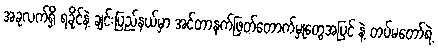
အခုလက်ရှိ ရခိုင်နဲ့ ချင်းပြည်နယ်မှာ အင်တာနက်ဖြတ်တောက်မှုတွေအပြင် နဲ့ တပ်မတော်ရဲ့